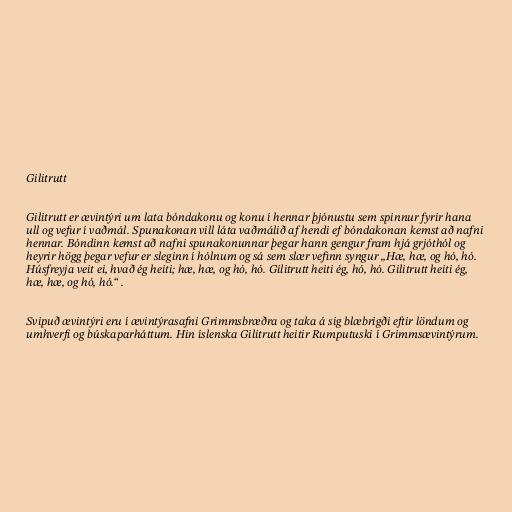
Gilitrutt

Gilitrutt er ævintýri um lata bóndakonu og konu í hennar þjónustu sem spinnur fyrir hana
ull og vefur í vaðmál. Spunakonan vill láta vaðmálið af hendi ef bóndakonan kemst að nafni
hennar. Bóndinn kemst að nafni spunakonunnar þegar hann gengur fram hjá grjóthól og
heyrir högg þegar vefur er sleginn í hólnum og sá sem slær vefinn syngur „Hæ, hæ, og hó, hó.
Húsfreyja veit ei, hvað ég heiti; hæ, hæ, og hó, hó. Gilitrutt heiti ég, hó, hó. Gilitrutt heiti ég,
hæ, hæ, og hó, hó.“ .

Svipuð ævintýri eru í ævintýrasafni Grimmsbræðra og taka á sig blæbrigði eftir löndum og
umhverfi og búskaparháttum. Hin íslenska Gilitrutt heitir Rumputuski í Grimmsævintýrum.